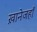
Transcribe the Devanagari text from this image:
ख़ानेजहाँ